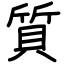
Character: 質